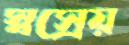
স্বস্রেয়